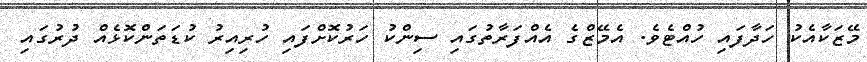
މޭޒަކާއެކު ހަދާފައި ހުއްޓެވެ. އެމޭޒްގެ އެއްފަރާތުގައި ސިންކު ހަރުކޮށްފައި ހުރިއިރު ކުޑަތަންކޮޅެއް ދުރުގައި